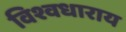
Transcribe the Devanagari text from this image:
विश्वधाराय